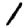
Digit: 1